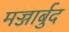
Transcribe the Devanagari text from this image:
मज्जार्बुद